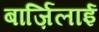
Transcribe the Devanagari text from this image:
बार्ज़िलाई